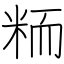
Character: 粫